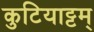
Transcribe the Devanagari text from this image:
कुटियाट्टम्